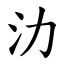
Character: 氻